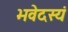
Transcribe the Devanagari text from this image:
भवेदस्यं